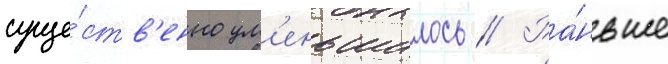
суще́ств'енно ум'еньшилось // Ра́ньше